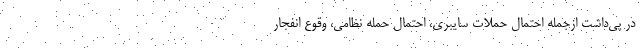
در پی‌داشت ازجمله احتمال حملات سایبری، احتمال حمله نظامی، وقوع انفجار